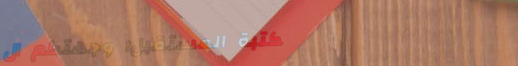
مكتبة المستقبل: وجهتكم ال